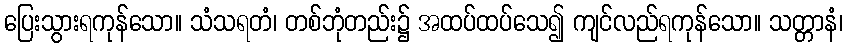
ပြေးသွားရကုန်သော။ သံသရတံ၊ တစ်ဘုံတည်း၌ အထပ်ထပ်သေ၍ ကျင်လည်ရကုန်သော။ သတ္တာနံ၊